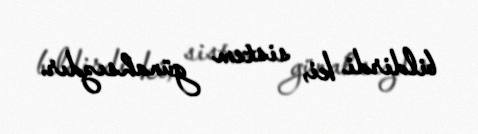
bildirdi ki, sistem günahsızdır.